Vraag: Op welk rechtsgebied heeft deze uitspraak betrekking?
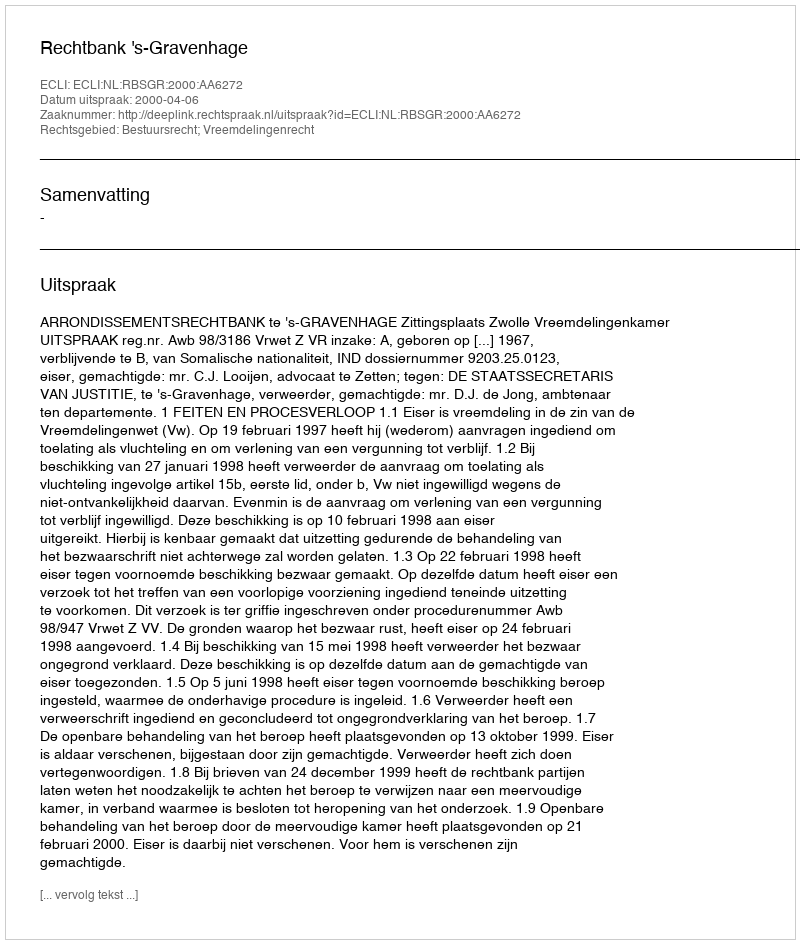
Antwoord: Bestuursrecht; Vreemdelingenrecht